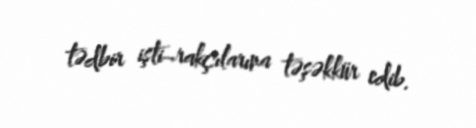
tədbir işti¬rakçılarına təşəkkür edib.